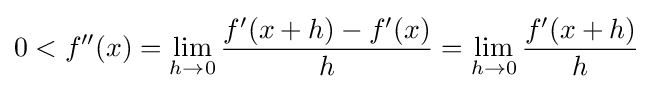
0<f''(x)=\lim _{h\to 0}{\frac {f'(x+h)-f'(x)}{h}}=\lim _{h\to 0}{\frac {f'(x+h)}{h}}